Vaccination report Assam 1896-1927 - 1896-1927
Year: 1896
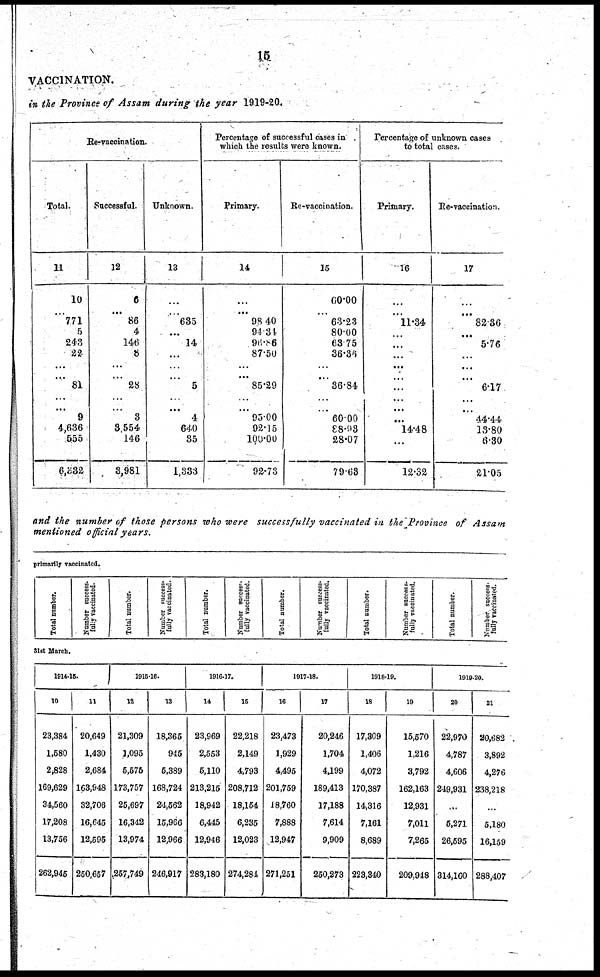
15
VACCINATION.
in the Province of Assam during the year 1919-20.
Re-vaccination.
Total.
11
10
...
771
5
243
22
...
...
81
...
...
9
4,636
555
6,332
Successful.
12
6
...
86
4
146
8
...
...
28
...
...
3
3,554
146
3,981
Unknown.
13
...
...
635
...
14
...
...
...
5
...
...
4
640
35
1,833
Percentage of successful cases in
which the results were known.
Primary.
14
...
...
98.40
94.34
96.86
87.50
...
...
85.29
...
...
95.00
92.15
100.00
92.78
Re-vaccination.
15
60.00
...
68.23
80.00
63.75
36.36
...
...
36.84
...
...
60.00
88.93
28.07
79.63
Percentage of unknown cases
to total cases.
Primary.
16
...
...
11.34
...
...
...
...
...
...
...
...
...
14.48
...
12.32
Re-vaccination.
17
...
...
82.36
...
5.76
...
...
...
6.17
...
...
44.44
13.80
6.30
21.05
and the number of those persons who were successfully vaccinated in the Province of Assam
mentioned official years.
primarily vaccinated.
Total number.
Number success¬
fully vaccinated.
Total number.
Number success¬
fully vaccinated.
Total number.
Number success-
fully vaccinated.
Total number.
Number success-
fully vaccinated.
Total number.
Number success-
fully vaccinated.
Total number.
Number success-
fully vaccinated.
31st March.
1914-15.
10
23,384
1,580
2,828
169,629
34,560
17,208
13,756
262,946
11
20,649
1,430
2,684
163,948
32,706
16,645
12,595
250,657
1915-16.
12
21,309
1,095
5,575
173,757
25,697
16,342
13,974
257,749
13
18,365
945
5,389
168,724
24,562
15,966
12,966
246,917
1916-17.
14
23,969
2,553
5,110
213,216
18,942
6,445
12,946
283,180
15
22,218
2,149
4,793
208,712
18,164
6,235
12,023
274,281
1917-18.
16
23,473
1,929
4,495
201,759
18,760
7,888
12,947
271,251
17
20,246
1,704
4,199
189,413
17,188
7,614
9,909
250,273
1918-19.
18
17,309
1,406
4,072
170,387
14,316
7,161
8,689
223,340
19
15,670
1,216
3,792
162,163
12,931
7,011
7,265
209,948
1919-20.
20
22,970
4,787
4,606
249,931
...
5,271
26,595
314,160
21
20,682
3,892
4,276
238,218
...
5,180
16,159
288,407